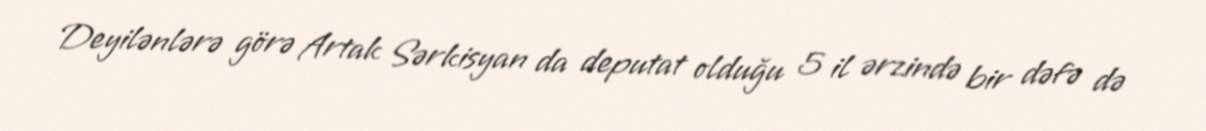
Deyilənlərə görə Artak Sərkisyan da deputat olduğu 5 il ərzində bir dəfə də